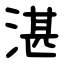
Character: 湛